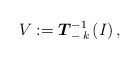
\begin{align*}V := \boldsymbol{T}_{- \, k}^{-1}\left( I \right),\end{align*}